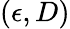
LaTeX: (\epsilon,D)